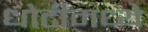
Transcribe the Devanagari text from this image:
धोटीमध्ये